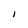
Character: i